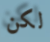
لكن